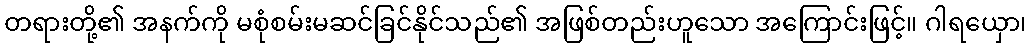
တရားတို့၏ အနက်ကို မစုံစမ်းမဆင်ခြင်နိုင်သည်၏ အဖြစ်တည်းဟူသော အကြောင်းဖြင့်။ ဂါရယှော၊